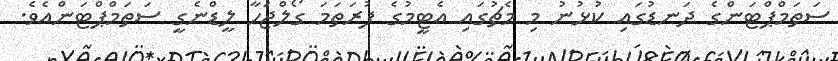
ސަތަމްޕްޓަންގެ ދަނޑުގައި ކުޅުނު މި މެޗުގައި އެޓީމުގެ ފުރަތަމަ ގޯލްޖަހާ ލީޑްނެގީ ސަތަމްޕްޓަންއެވެ.